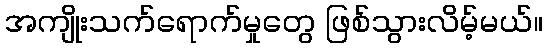
အကျိုးသက်ရောက်မှုတွေ ဖြစ်သွားလိမ့်မယ်။